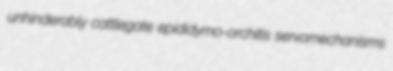
unhinderably cattlegate epididymo-orchitis servomechanisms